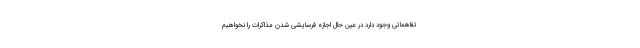
تفاهماتی وجود دارد در عین حال اجازه فرسایشی شدن مذاکرات را نخواهیم